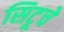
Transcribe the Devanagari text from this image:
सिटूचे